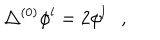
LaTeX: \triangle ^ { ( 0 ) } \phi ^ { l } = 2 \phi ^ { l } ,